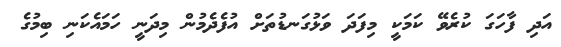
އަދި ފާހަގަ ކުރެވޭ ކަމަކީ މިފަދަ ވަޅުގަނޑުތަށް އުފެދެމުން މިދަނީ ހަމައެކަނި ބިމުގެ